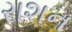
રાશન